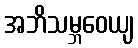
အဘိသမ္ဘဝေယျ